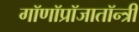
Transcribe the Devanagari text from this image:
गॉणॉप्रॉजातॉन्त्री